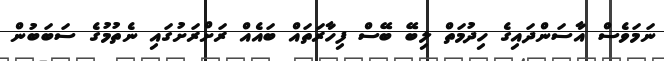
ނަމަވެސް އާސަންދައިގެ ހިދުމަތް ލިބޭ ބޭސް ފިހާރަތައް ބައެއް ރަށްރަށުގައި ނެތުމުގެ ސަބަބުން